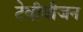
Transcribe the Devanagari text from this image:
टेवीवीजन